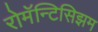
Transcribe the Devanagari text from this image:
रोमॅन्टिसिझम